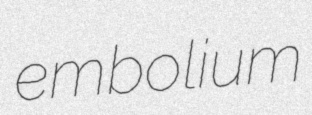
embolium